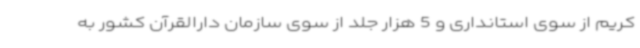
کریم از سوی استانداری و 5 هزار جلد از سوی سازمان دارالقرآن کشور به